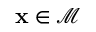
\mathbf x \in \mathcal M